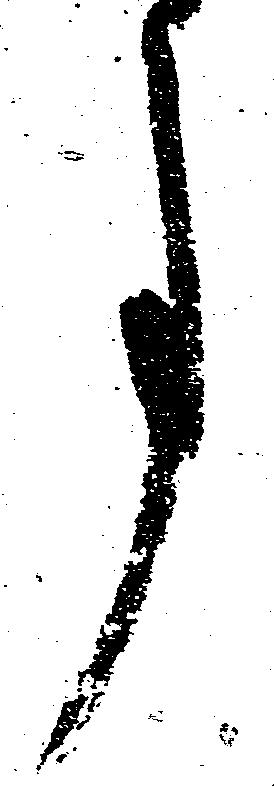
事